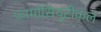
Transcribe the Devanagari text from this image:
फार्मासियुटीकल